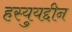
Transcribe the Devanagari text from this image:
हस्युयद्दीन